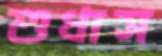
শুধাস